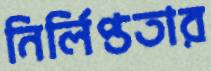
নির্লিপ্ততার